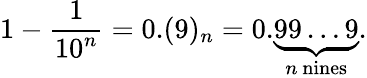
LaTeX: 1-{\frac{1}{10^{n}}}=0.(9)_{n}=0.\underbrace{99\ldots 9}_{n{\mathrm{~nines}}}.